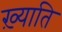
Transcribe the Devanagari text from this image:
ख़्याति